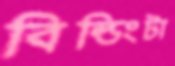
বিল্ডিংটা